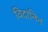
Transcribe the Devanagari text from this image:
विदानिन